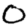
Digit: 0